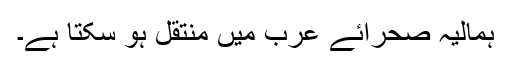
ہمالیہ صحرائے عرب میں منتقل ہو سکتا ہے۔